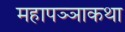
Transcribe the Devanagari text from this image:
महापञ्ञाकथा